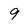
Character: 9